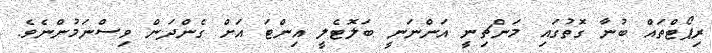
ރިޕޯޓްތައް ބުނާ ގޮތުގައި މަންޗިނީ އަންނަނީ ބަލޮޓެލީ އިންޓަ އަށް ގެންދަން ވިސްނަމުންނެވެ.